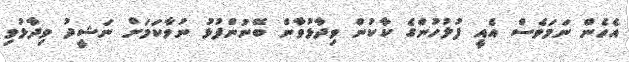
އެހެން ނަމަވެސް އެއީ ފުލުހުންގެ ކާކުން ވިދާޅުވާން ބޭނުންފުޅު ނުވާކަމަށް ނަޝީދު ވިދާޅުވި